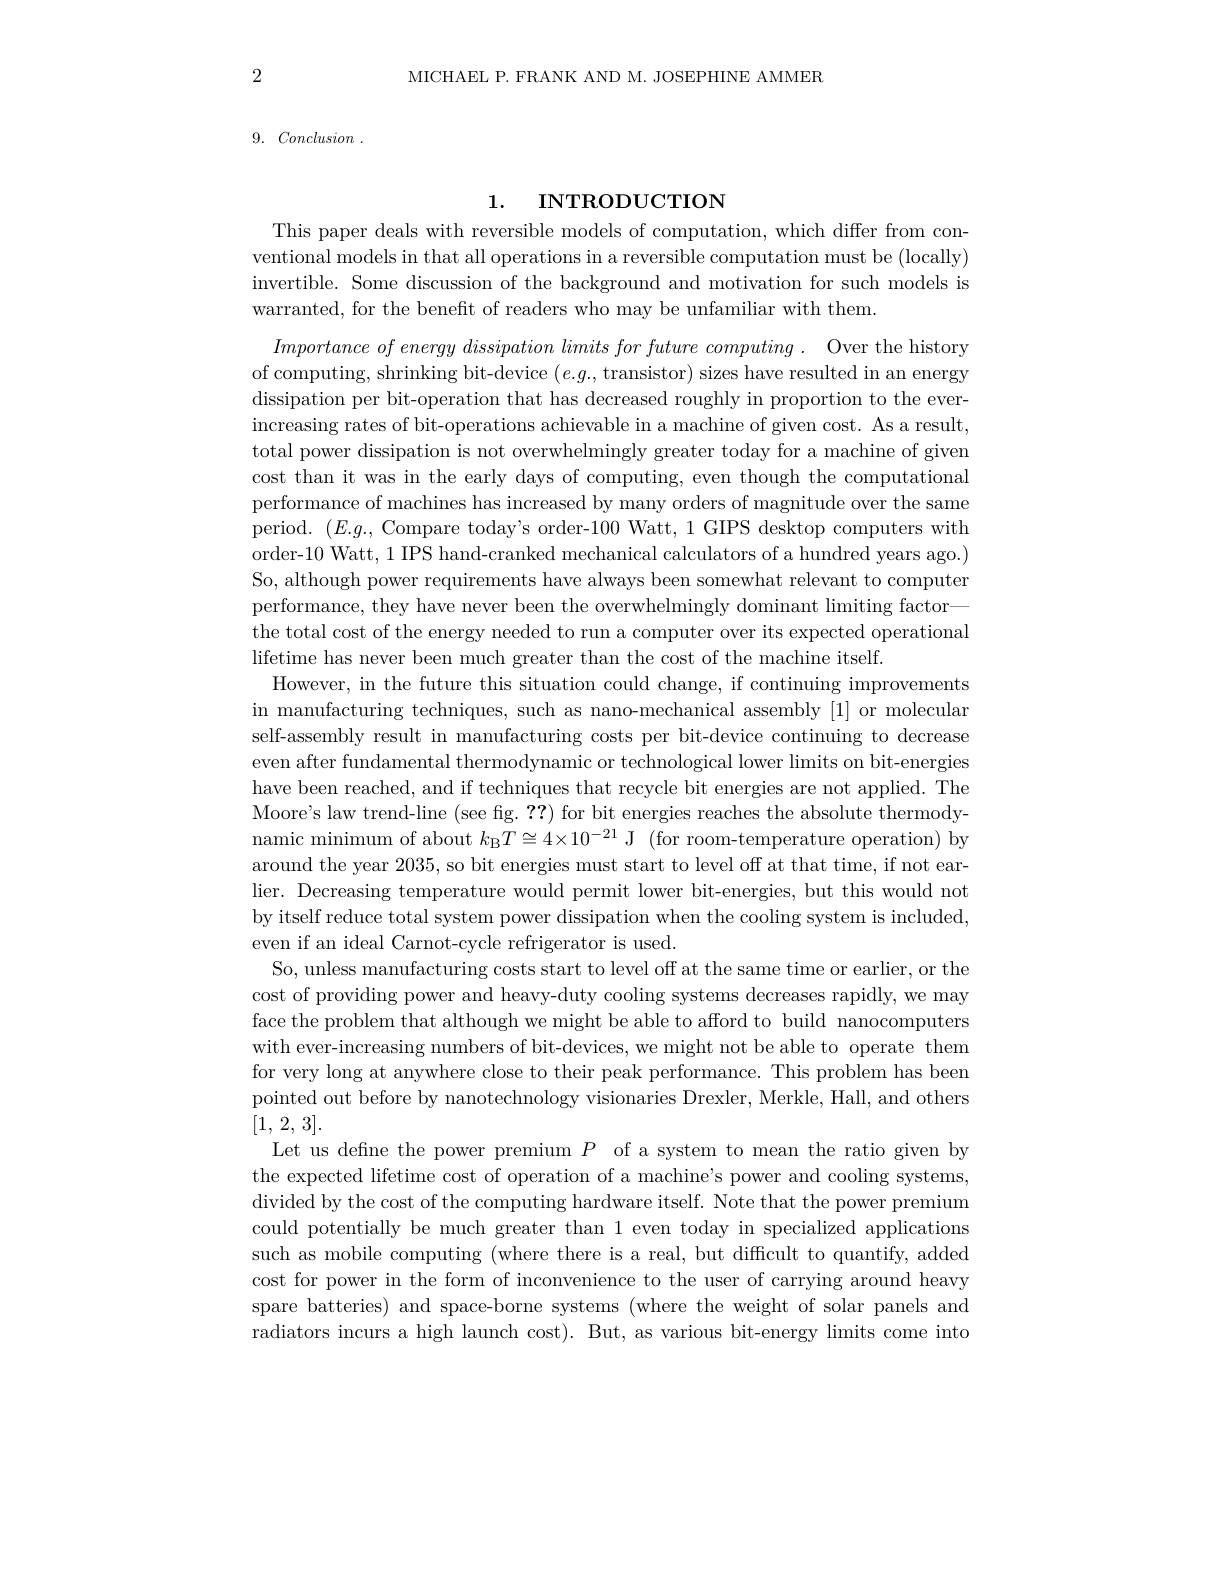
MICHAEL P. FRANK AND M. JOSEPHINE AMMER

2

9. Conclusion .

# 1. INTRODUCTION

This paper deals with reversible models of computation, which differ from conventional models in that all operations in a reversible computation must be (locally) invertible. Some discussion of the background and motivation for such models is warranted, for the benefit of readers who may be unfamiliar with them.

$Importance\textit{ of energy dissipation limits for future computing . Over the history}$ of computing, shrinking bit-device $(e.g.$, transistor) sizes have resulted in an energy dissipation per bit-operation that has decreased roughly in proportion to the everincreasing rates of bit-operations achievable in a machine of given cost. As a result, total power dissipation is not overwhelmingly greater today for a machine of given cost than it was in the early days of computing, even though the computational performance of machines has increased by many orders of magnitude over the same period. $(E.g.$, Compare today's order-100 Watt, 1 GIPS desktop computers with order-10 Watt, 1 IPS hand-cranked mechanical calculators of a hundred years ago.) So, although power requirements have always been somewhat relevant to computer performance, they have never been the overwhelmingly dominant limiting factor— the total cost of the energy needed to run a computer over its expected operational lifetime has never been much greater than the cost of the machine itself.
However, in the future this situation could change, if continuing improvements in manufacturing techniques, such as nano-mechanical assembly [1] or molecular self-assembly result in manufacturing costs per bit-device continuing to decrease even after fundamental thermodynamic or technological lower limits on bit-energies have been reached, and if techniques that recycle bit energies are not applied. The Moore's law trend-line (see fig. ??) for bit energies reaches the absolute thermodynamic minimum of about $k_{\mathrm{B}}T\cong4\times10^{-21}$ J (for room-temperature operation) by around the year 2035, so bit energies must start to level off at that time, if not earlier. Decreasing temperature would permit lower bit-energies, but this would not by itself reduce total system power dissipation when the cooling system is included, even if an ideal Carnot-cycle refrigerator is used.
So, unless manufacturing costs start to level off at the same time or earlier, or the cost of providing power and heavy-duty cooling systems decreases rapidly, we may face the problem that although we might be able to afford to build nanocomputers with ever-increasing numbers of bit-devices, we might not be able to operate them for very long at anywhere close to their peak performance. This problem has been pointed out before by nanotechnology visionaries Drexler, Merkle, Hall, and others [1, 2, 3].
Let us define the power premium $P$ of a system to mean the ratio given by the expected lifetime cost of operation of a machine's power and cooling systems, divided by the cost of the computing hardware itself. Note that the power premium could potentially be much greater than 1 even today in specialized applications such as mobile computing (where there is a real, but difficult to quantify, added cost for power in the form of inconvenience to the user of carrying around heavy spare batteries) and space-borne systems (where the weight of solar panels and radiators incurs a high launch cost). But, as various bit-energy limits come into